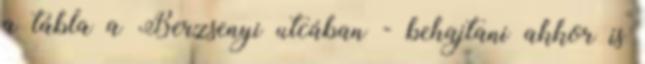
a tábla a Berzsenyi utcában - behajtani akkor is